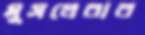
মুসলেরার